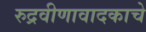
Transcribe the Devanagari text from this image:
रुद्रवीणावादकाचे